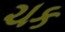
ચક